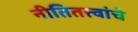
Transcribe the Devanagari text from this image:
नीतितत्त्वांचे